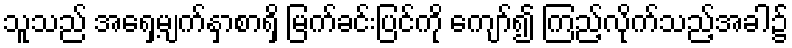
သူသည် အရှေ့မျက်နှာစာရှိ မြက်ခင်းပြင်ကို ကျော်၍ ကြည့်လိုက်သည့်အခါ၌